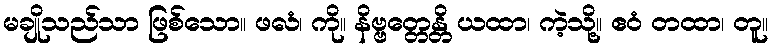
မချိုသည်သာ ဖြစ်သော။ ဖလံ၊ ကို။ နိဗ္ဗတ္တေန္တိ ယထာ၊ ကဲ့သို့။ ဧဝံ တထာ၊ တူ။